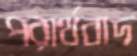
পরার্থবাদ